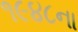
૧૯૪૮ના